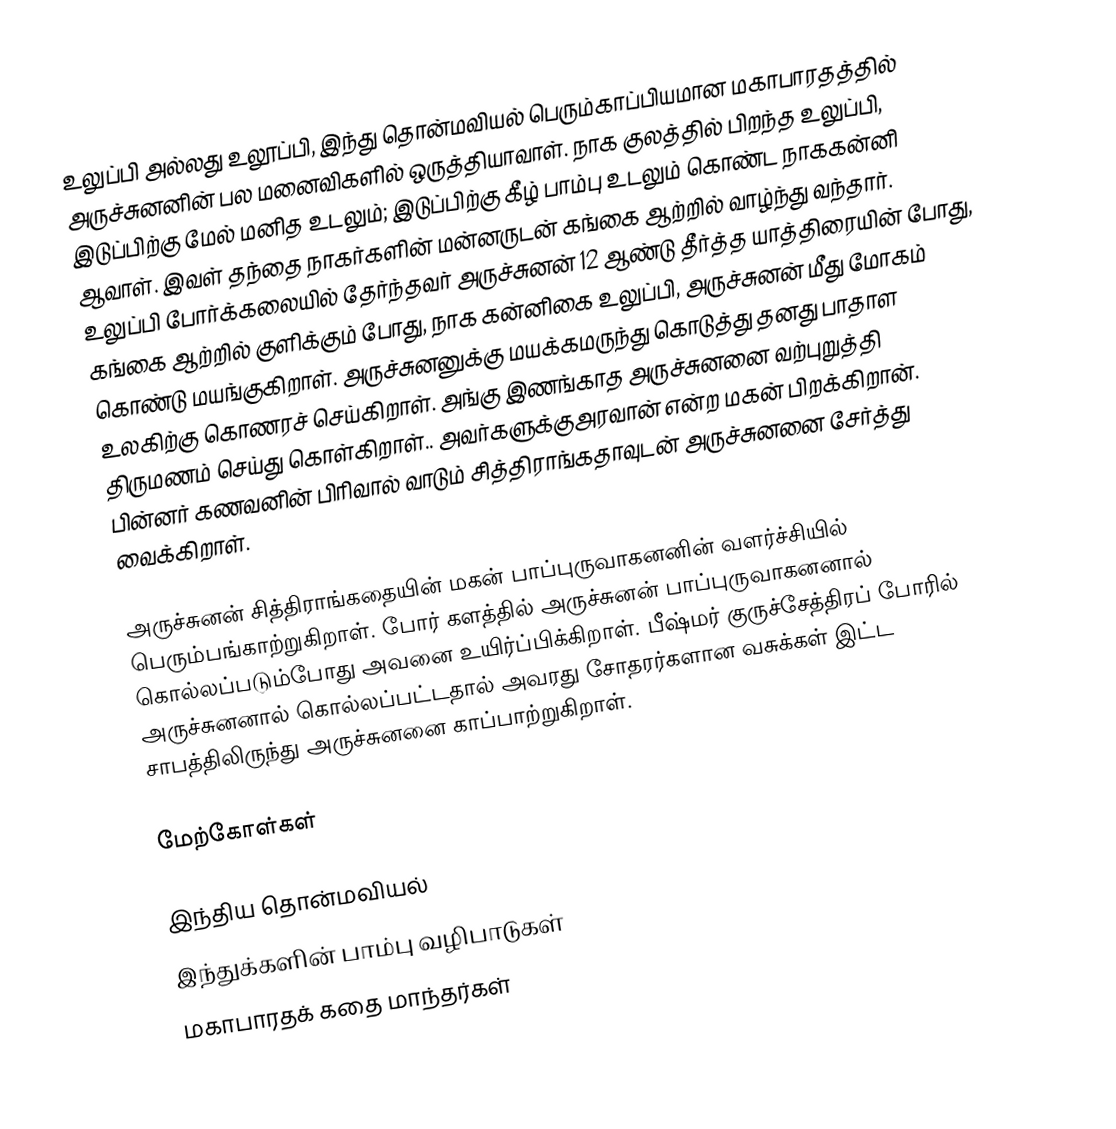
உலுப்பி அல்லது உலூப்பி, இந்து தொன்மவியல் பெரும்காப்பியமான மகாபாரதத்தில் அருச்சுனனின் பல மனைவிகளில் ஒருத்தியாவாள். நாக குலத்தில் பிறந்த உலுப்பி, இடுப்பிற்கு மேல் மனித உடலும்; இடுப்பிற்கு கீழ் பாம்பு உடலும் கொண்ட நாககன்னி ஆவாள்.  இவள் தந்தை நாகர்களின் மன்னருடன் கங்கை ஆற்றில் வாழ்ந்து வந்தார்.  உலுப்பி போர்க்கலையில் தேர்ந்தவர் அருச்சுனன் 12 ஆண்டு தீர்த்த யாத்திரையின் போது, கங்கை ஆற்றில் குளிக்கும் போது, நாக கன்னிகை உலுப்பி, அருச்சுனன் மீது மோகம் கொண்டு மயங்குகிறாள். அருச்சுனனுக்கு மயக்கமருந்து கொடுத்து தனது பாதாள உலகிற்கு கொணரச் செய்கிறாள். அங்கு இணங்காத அருச்சுனனை வற்புறுத்தி திருமணம் செய்து கொள்கிறாள்.. அவர்களுக்குஅரவான் என்ற மகன் பிறக்கிறான். பின்னர் கணவனின் பிரிவால் வாடும் சித்திராங்கதாவுடன் அருச்சுனனை சேர்த்து வைக்கிறாள்.

அருச்சுனன் சித்திராங்கதையின் மகன் பாப்புருவாகனனின் வளர்ச்சியில் பெரும்பங்காற்றுகிறாள். போர் களத்தில் அருச்சுனன் பாப்புருவாகனனால் கொல்லப்படும்போது அவனை உயிர்ப்பிக்கிறாள். பீஷ்மர் குருச்சேத்திரப் போரில் அருச்சுனனால் கொல்லப்பட்டதால் அவரது சோதரர்களான வசுக்கள் இட்ட சாபத்திலிருந்து அருச்சுனனை காப்பாற்றுகிறாள்.

மேற்கோள்கள்

இந்திய தொன்மவியல்
இந்துக்களின் பாம்பு வழிபாடுகள்
மகாபாரதக் கதை மாந்தர்கள்